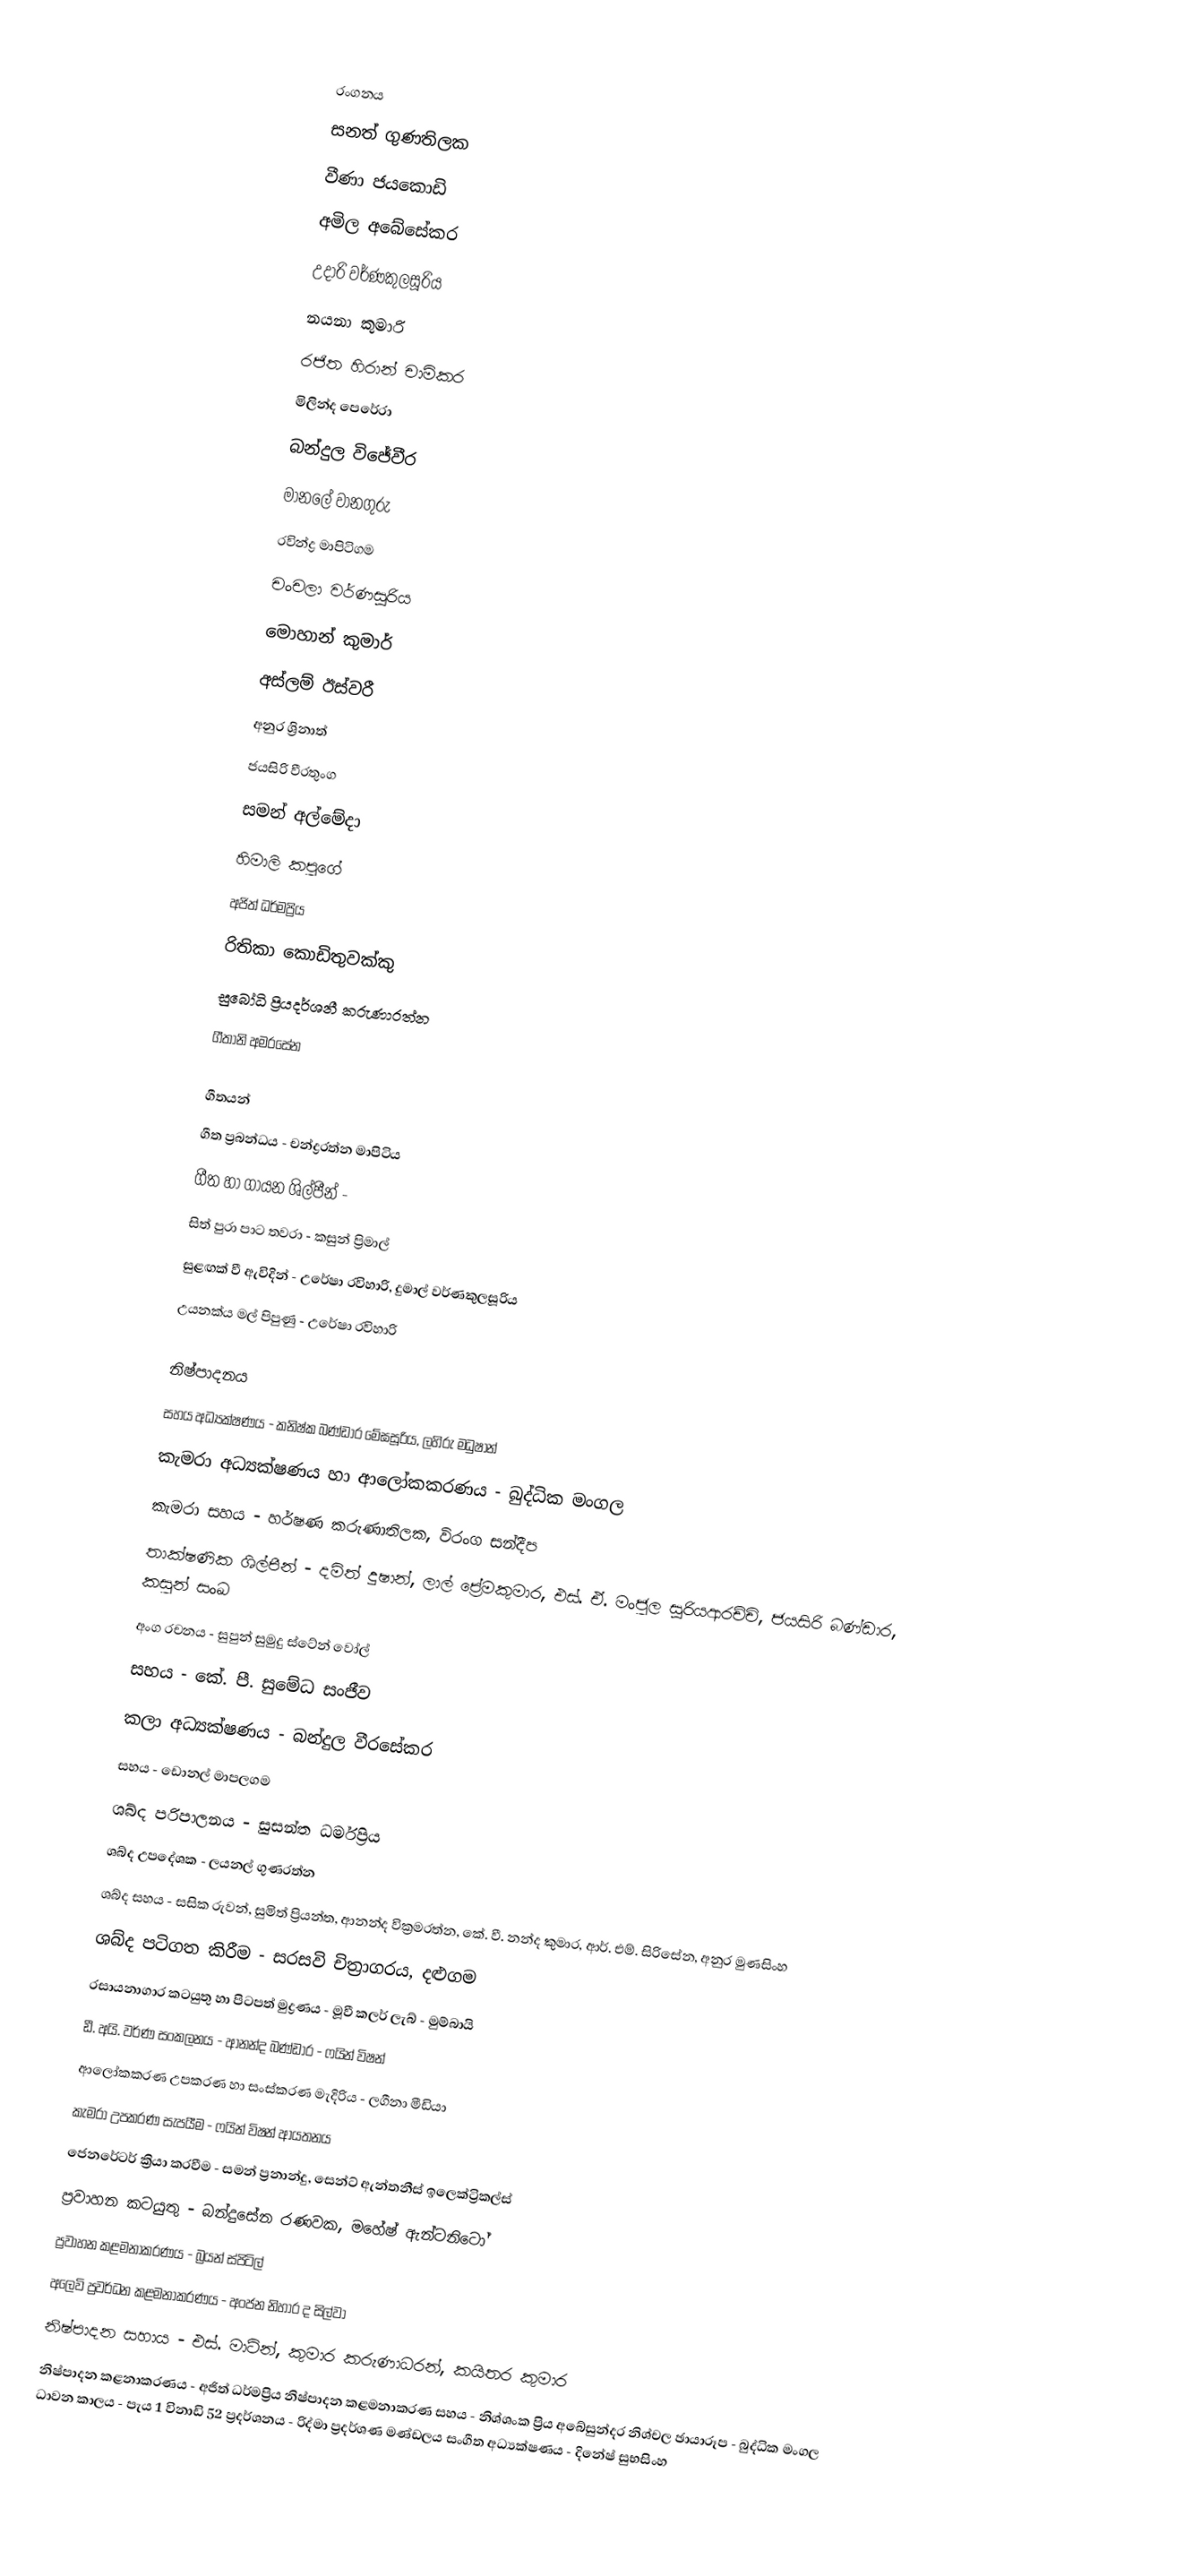

රංගනය
සනත් ගුණතිලක
වීණා ජයකොඩි
අමිල අබේසේකර
උදාරි වර්ණකුලසූරිය
නයනා කුමාරි
රජිත හිරාන් චාමිකර
මිලින්ද පෙරේරා
බන්දුල විජේවීර
මානලේ වානගුරු
රවින්ද්‍ර මාපිටිගම
චංචලා වර්ණසූරිය
මොහාන් කුමාර්
අස්ලම් ඊස්වරී
අනුර ශ්‍රිනාත්
ජයසිරි වීරතුංග
සමන් අල්මේදා
හිමාලි කපුගේ
අජිත් ධර්මප්‍රිය
රිතිකා කොඩිතුවක්කු
සුබෝධි ප්‍රියදර්ශනී කරුණාරත්න
ගීතානි අමරසේන

ගීතයන්
ගීත ප්‍රබන්ධය - චන්ද්‍රරත්න මාපිටිය
ගීත හා ගායන ශිල්පීන් -
සිත් පුරා පාට තවරා - කසුන් ප්‍රිමාල්
සුළඟක් වී ඇවිදින් - උරේෂා රවිහාරි, දුමාල් වර්ණකුලසූරිය
උයනක්ය මල් පිපුණු - උරේෂා රවිහාරි

නිෂ්පාදනය
සහය අධ්‍යක්ෂණය - කනිෂ්ක බණ්ඩාර මේඝසූරිය, ලහිරු මධුෂාන්
කැමරා අධ්‍යක්ෂණය හා ආලෝකකරණය - බුද්ධික මංගල
කැමරා සහය - හර්ෂණ කරුණාතිලක, විරංග සන්දීප
තාක්ෂණික ශිල්පීන් - දමිත් දුෂාන්, ලාල් ප්‍රේමකුමාර, එස්. ඒ. මංජුල සූරියආරච්චි, ජයසිරි බණ්ඩාර, කසුන් සංඛ
අංග රචනය - සුපුන් සුමුදු ස්ටේන් වෝල්
සහය - කේ. පී. සුමේධ සංජීව
කලා අධ්‍යක්ෂණය - බන්දුල වීරසේකර
සහය - ඩොනල් මාපලගම
ශබ්ද පරිපාලනය - සුසන්ත ධර්මප්‍රිය
ශබ්ද උපදේශක - ලයනල් ගුණරත්න
ශබ්ද සහය - සසික රුවන්, සුමිත් ප්‍රියන්ත, ආනන්ද වික්‍රමරත්න, කේ. වී. නන්ද කුමාර, ආර්. එම්. සිරිසේන, අනුර මුණසිංහ
ශබ්ද පටිගත කිරීම - සරසවි චිත්‍රාගරය, දළුගම
රසායනාගාර කටයුතු හා පිටපත් මුද්‍රණය - මූවී කලර් ලැබ් - මුම්බායි
ඩී. අයි. වර්ණ සංකලනය - ආනන්ද බණ්ඩාර - ෆයින් විෂන්
ආලෝකකරණ උපකරණ හා සංස්කරණ මැදිරිය - ලගීනා මීඩියා
කැමරා උපකරණ සැපයීම - ෆයින් විෂන් ආයතනය
ජෙනරේටර් ක්‍රියා කරවීම - සමන් ප්‍රනාන්දු, සෙන්ට් ඇන්තනීස් ඉලෙක්ට්‍රිකල්ස්
ප්‍රවාහන කටයුතු - බන්දුසේන රණවක, මහේෂ් ඇන්ටනිටෝ
ප්‍රවාහන කළමනාකරණය - බ්‍රයන් ස්පිටිල්
අලෙවි ප්‍රවර්ධන කළමනාකරණය - අංජන නිහාර ද සිල්වා
නිෂ්පාදන සහාය - එස්. මාටින්, කුමාර කරුණාධරන්, කයිතර කුමාර
නිෂ්පාදන කළනාකරණය - අජිත් ධර්මප්‍රිය නිෂ්පාදන කළමනාකරණ සහය - නිශ්ශංක ප්‍රිය අබේසුන්දර නිශ්චල ඡායාරූප - බුද්ධික මංගල ධාවන කාලය - පැය 1 විනාඩි 52 ප්‍රදර්ශනය - රිද්මා ප්‍රදර්ශණ මණ්ඩලය සංගීත අධ්‍යක්ෂණය - දිනේෂ් සුභසිංහ